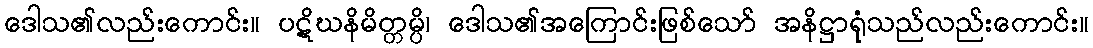
ဒေါသ၏လည်းကောင်း။ ပဋိဃနိမိတ္တမ္ပိ၊ ဒေါသ၏အကြောင်းဖြစ်သော် အနိဋ္ဌာရုံသည်လည်းကောင်း။